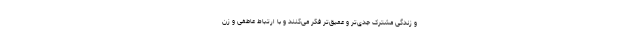
و زندگی مشترک جدی‌تر و عمیق‌تر فکر می‌کنند و با ارتباط عاطفی و زن